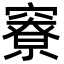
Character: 竂